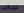
سيكتب